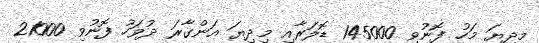
މިދިޔަ މަހު ފޮނުވި 145000 ޑޮލަރާއި މިދިޔަ އަންގާރަ ދުވަހު ފޮނުވި 21000